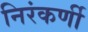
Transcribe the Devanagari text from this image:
निरंकर्णी